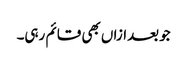
جو بعدازاں بھی قائم رہی۔